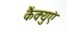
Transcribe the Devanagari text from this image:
कैंक्युएं